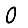
Digit: 0